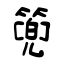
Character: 篼